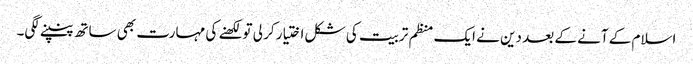
اسلام کے آنے کے بعد دین نے ایک منظم تربیت کی شکل اختیار کر لی تو لکھنے کی مہارت بھی ساتھ پنپنے لگی۔